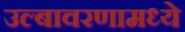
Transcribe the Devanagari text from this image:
उल्बावरणामध्ये